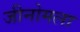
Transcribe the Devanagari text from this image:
जीनोमला